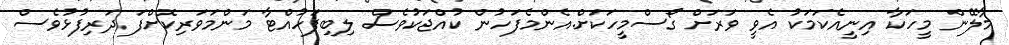
މާލޭން މީހަކާ އިނީއެކަމަކު އެވީ ވަރަށް ގޯސްމީހަކަށް.އެންމެފަހުން ކުއްޖަކުވެސް ލިބިފަހުއްޓާ މަންމަވަރިކޮށްފަ ދަރިފުޅުވެސް